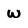
Character: w